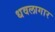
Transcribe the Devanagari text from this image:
धवलागार